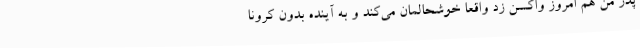
پدر من هم امروز واکسن زد واقعا خوشحالمان می‌کند و به آینده بدون کرونا